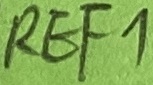
Text: REF1